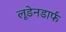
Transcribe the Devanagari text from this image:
लूडेनडार्फ